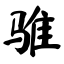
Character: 骓